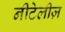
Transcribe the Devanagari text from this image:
नीटेलीज़